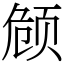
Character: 𬱟